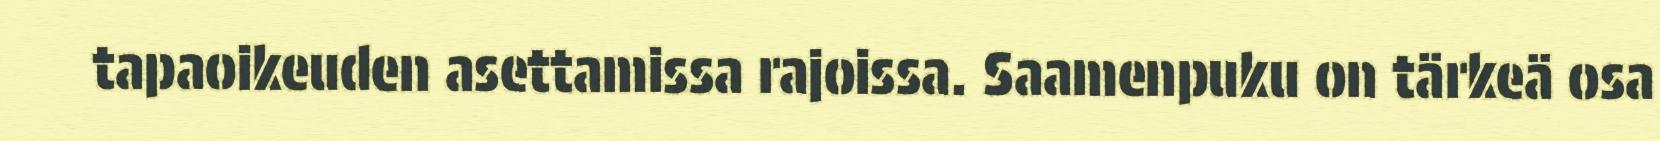
tapaoikeuden asettamissa rajoissa. Saamenpuku on tärkeä osa